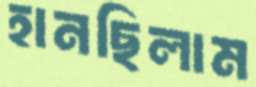
হানছিলাম